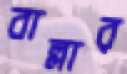
বাল্লার